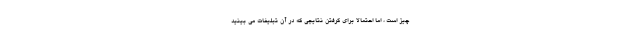
چیز است ، اما احتمالاً برای گرفتن نتایجی که در آن تبلیغات می بینید